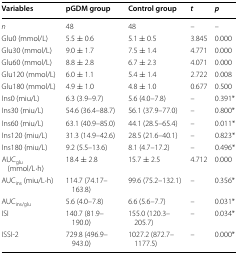
<table><thead><tr><td><b>Variables</b></td><td><b>pGDM group</b></td><td><b>Control group</b></td><td><b><i>t</i></b></td><td><b><i>p</i></b></td></tr></thead><tbody><tr><td><i>n</i></td><td>48</td><td>48</td><td>–</td><td>–</td></tr><tr><td>Glu0 (mmol/L)</td><td>5.5 ± 0.6</td><td>5.1 ± 0.5</td><td>3.845</td><td>0.000</td></tr><tr><td>Glu30 (mmol/L)</td><td>9.0 ± 1.7</td><td>7.5 ± 1.4</td><td>4.771</td><td>0.000</td></tr><tr><td>Glu60 (mmol/L)</td><td>8.8 ± 2.8</td><td>6.7 ± 2.3</td><td>4.071</td><td>0.000</td></tr><tr><td>Glu120 (mmol/L)</td><td>6.0 ± 1.1</td><td>5.4 ± 1.4</td><td>2.722</td><td>0.008</td></tr><tr><td>Glu180 (mmol/L)</td><td>4.9 ± 1.0</td><td>4.8 ± 1.0</td><td>0.677</td><td>0.500</td></tr><tr><td>Ins0 (miu/L)</td><td>6.3 (3.9–9.7)</td><td>5.6 (4.0–7.8)</td><td>–</td><td>0.391*</td></tr><tr><td>Ins30 (miu/L)</td><td>54.6 (36.4–88.7)</td><td>56.1 (37.9–77.0)</td><td>–</td><td>0.800*</td></tr><tr><td>Ins60 (miu/L)</td><td>63.1 (40.9–85.0)</td><td>44.1 (28.5–65.4)</td><td>–</td><td>0.011*</td></tr><tr><td>Ins120 (miu/L)</td><td>31.3 (14.9–42.6)</td><td>28.5 (21.6–40.1)</td><td>–</td><td>0.823*</td></tr><tr><td>Ins180 (miu/L)</td><td>9.2 (5.5–13.6)</td><td>8.1 (4.7–17.2)</td><td>–</td><td>0.496*</td></tr><tr><td>AUC<sub>glu</sub> (mmol/L·h)</td><td>18.4 ± 2.8</td><td>15.7 ± 2.5</td><td>4.712</td><td>0.000</td></tr><tr><td>AUC<sub>ins</sub> (miu/L·h)</td><td>114.7 (74.17–163.8)</td><td>99.6 (75.2–132.1)</td><td>–</td><td>0.356*</td></tr><tr><td>AUC<sub>ins/glu</sub></td><td>5.6 (4.0–7.8)</td><td>6.6 (5.6–7.7)</td><td>–</td><td>0.031*</td></tr><tr><td>ISI</td><td>140.7 (81.9–190.0)</td><td>155.0 (120.3–205.7)</td><td>–</td><td>0.034*</td></tr><tr><td>ISSI-2</td><td>729.8 (496.9–943.0)</td><td>1027.2 (872.7–1177.5)</td><td>–</td><td>0.000*</td></tr></tbody></table>